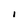
Character: I